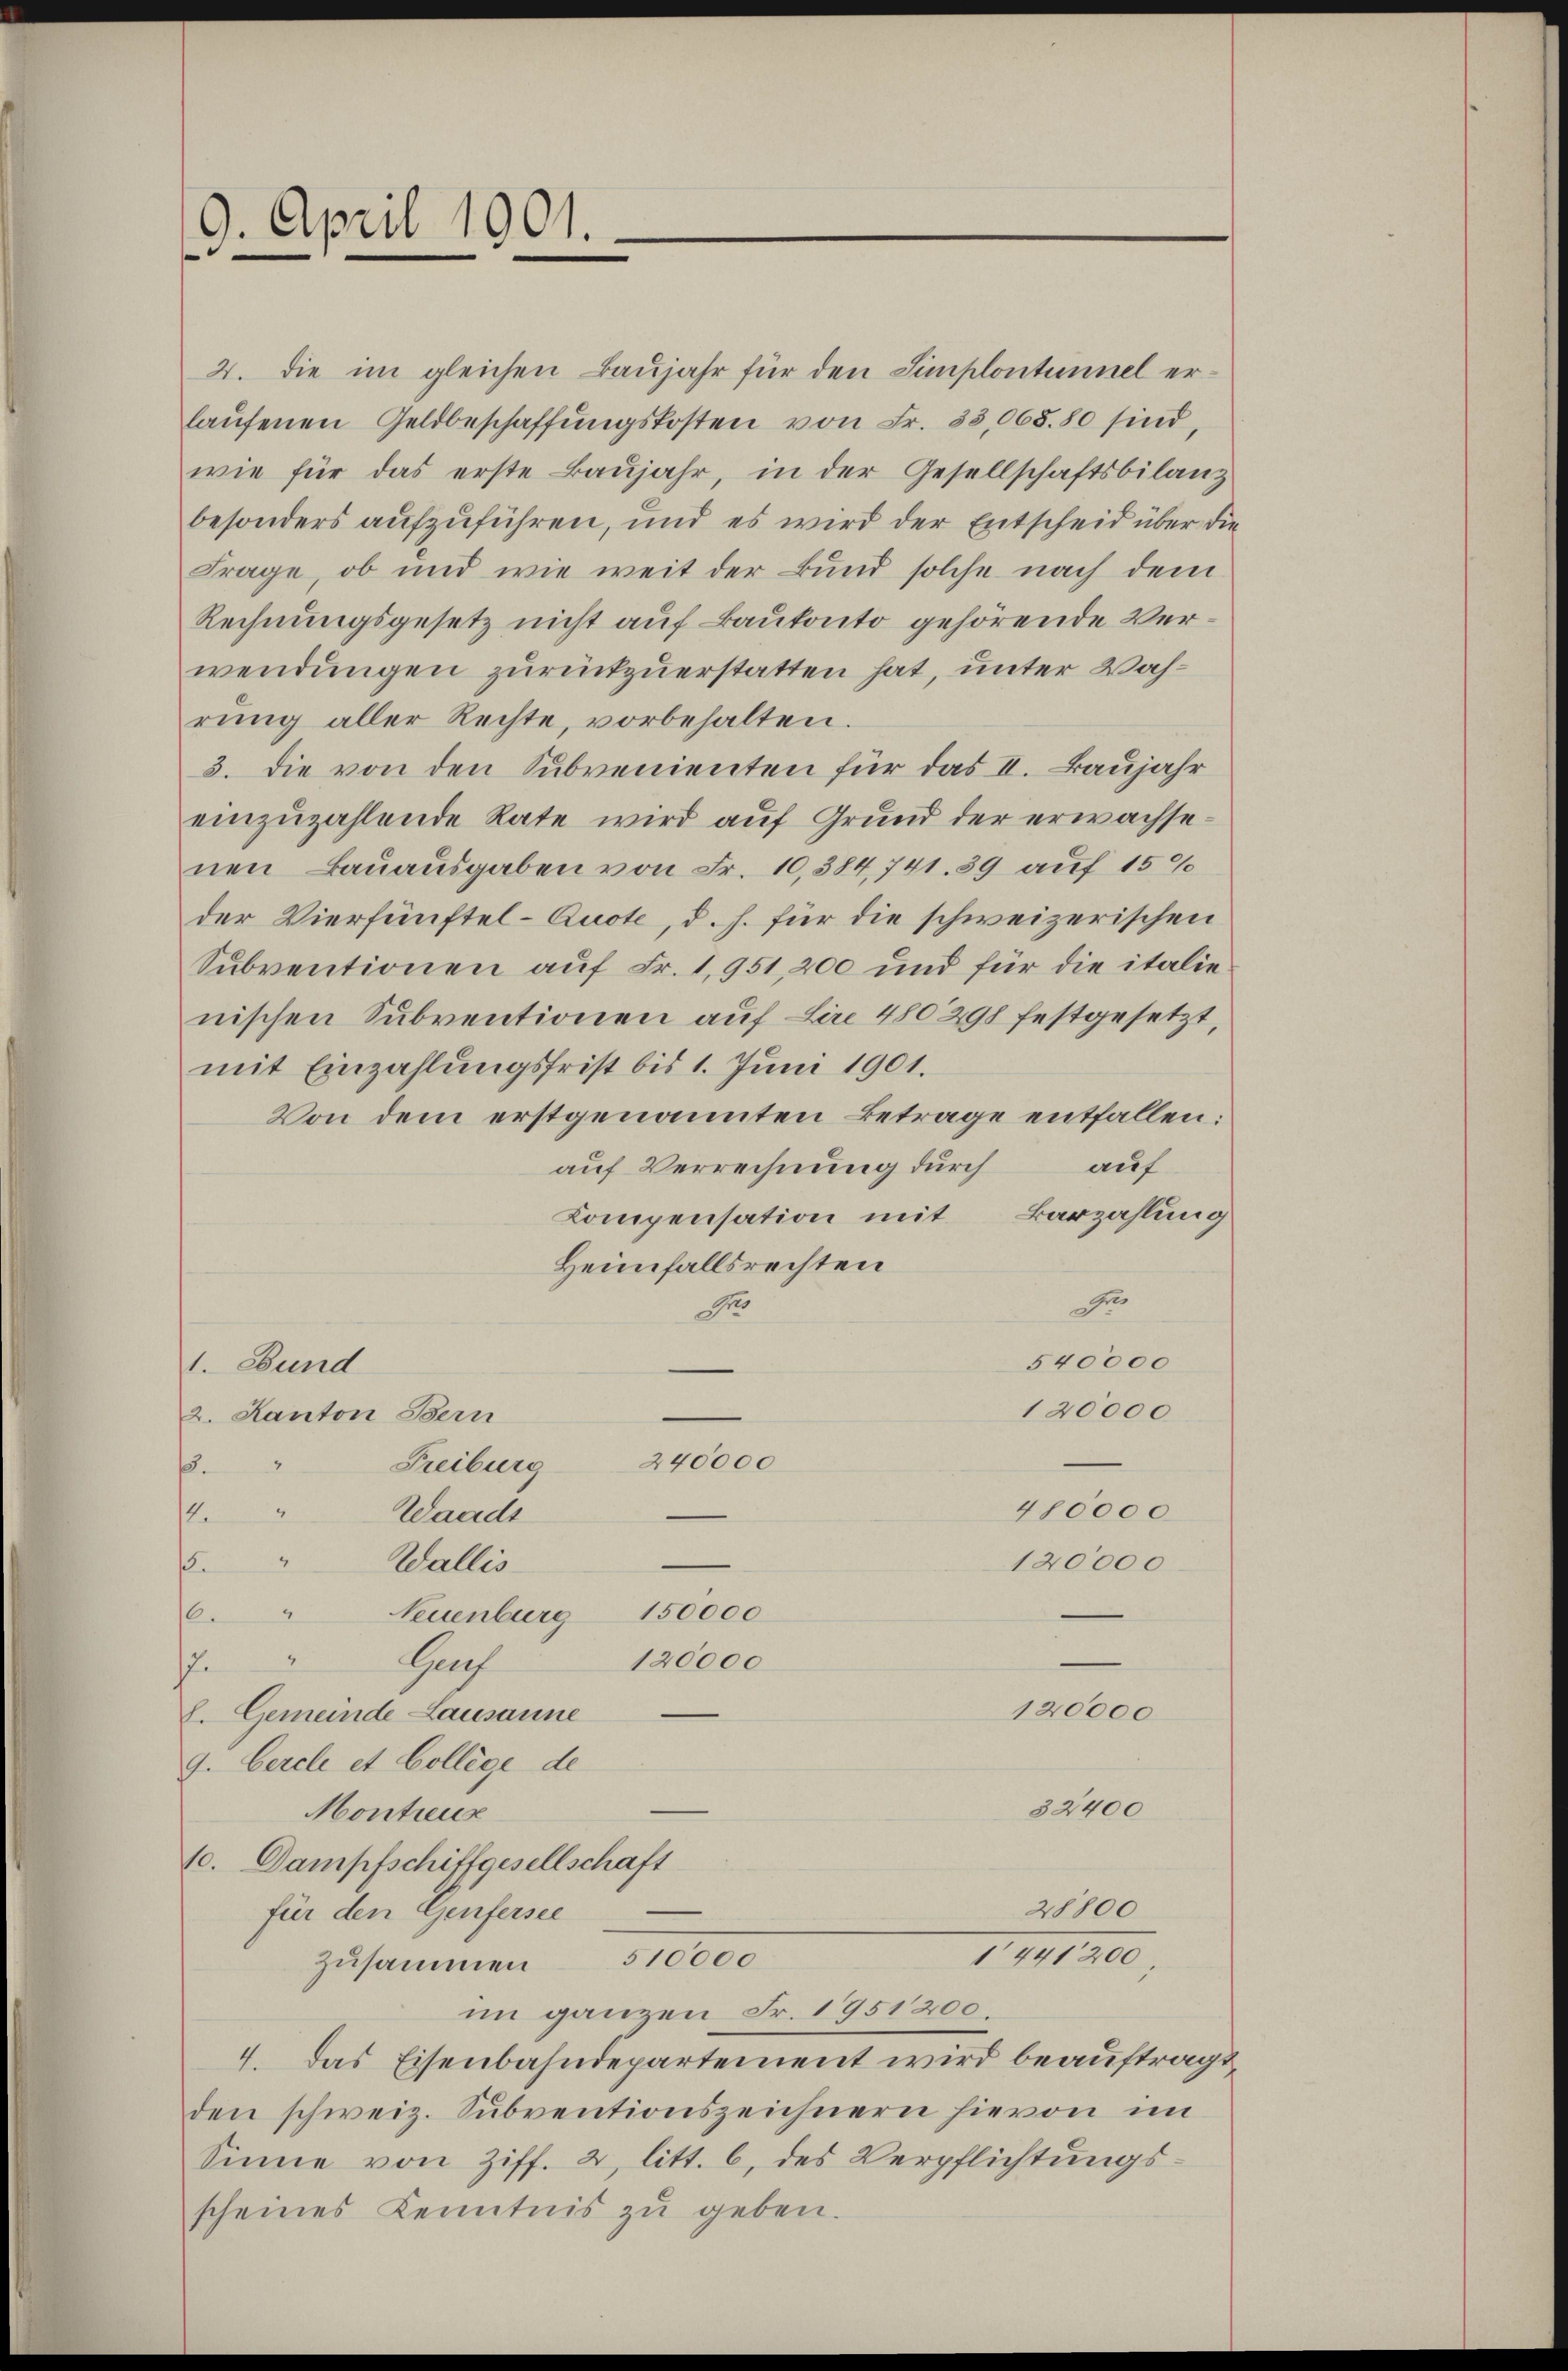
9. April 1901.

2. die im gleichen Baŭjahr für den Simplontunnel erlaŭfenen Geldbeschaffŭngskosten von Fr. 33,068.80 sind,
wie für das erste Baŭjahr, in der Gesellschaftsbilanz
besonders aufzuführen, und es wird der Entscheid über die
Frage, ob und wie weit der Bund solche nach dem
Rechnungsgesetz nicht auf Baukonto gehörende Verwendungen zurückzuerstatten hat, unter Wahrŭng aller Rechte, vorbehalten.
3. Die von den Subvenienten für das II. Baujahr
einzuzahlende Rate wird auf Grund der erwachsenen Bauausgaben von Fr. 10,384, 741. 39 auf 15%
der Vierfünftel- Quote, d. h. für die schweizerischen
Subventionen auf Fr. 1,951, 200 und für die italie
nischen Subventionen auf Lire 480 298 festgesetzt,
mit Einzahlungsfrist bis 1. Juni 1901.
Von dem erstgenannten Betrage entfallen:
auf
auf Verrechnung durch
Kompensation mit Barzahlung
Heimfallsrechten
Dr
o
540000
1. Bund
120000
2. Kanton Bern
240000
Freiburg
2
.
480000
2
Waadt
14.
2
Wallis
120000
s
.
Neuenburg 150000
120000
Hauf
7
120000
E. Gemeinde Lausanne
9. Cercle et College de
32400
Montreus
10. Dampfschiffgesellschaft
28800
für den Genfersee
I. 441 30,
510000
zusammen
im ganzen Fr. 1951200.
4. Das Eisenbahndepartement wird beauftragt
den schweiz. Subventionszeichnern hievon im
Sinne von Ziff. 2, litt. b, des Verpflichtungsscheines Kenntnis zŭ geben.